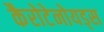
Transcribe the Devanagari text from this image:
कैरोटेनोयड्स